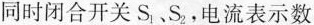
同时闭合开关S_{1},S_{2}，电流表示数